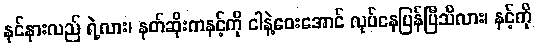
နင်နားလည် ရဲ့လား၊ နတ်ဆိုးကနင့်ကို ငါနဲ့ဝေးအောင် လုပ်နေပြန်ပြီသိလား၊ နင့်ကို